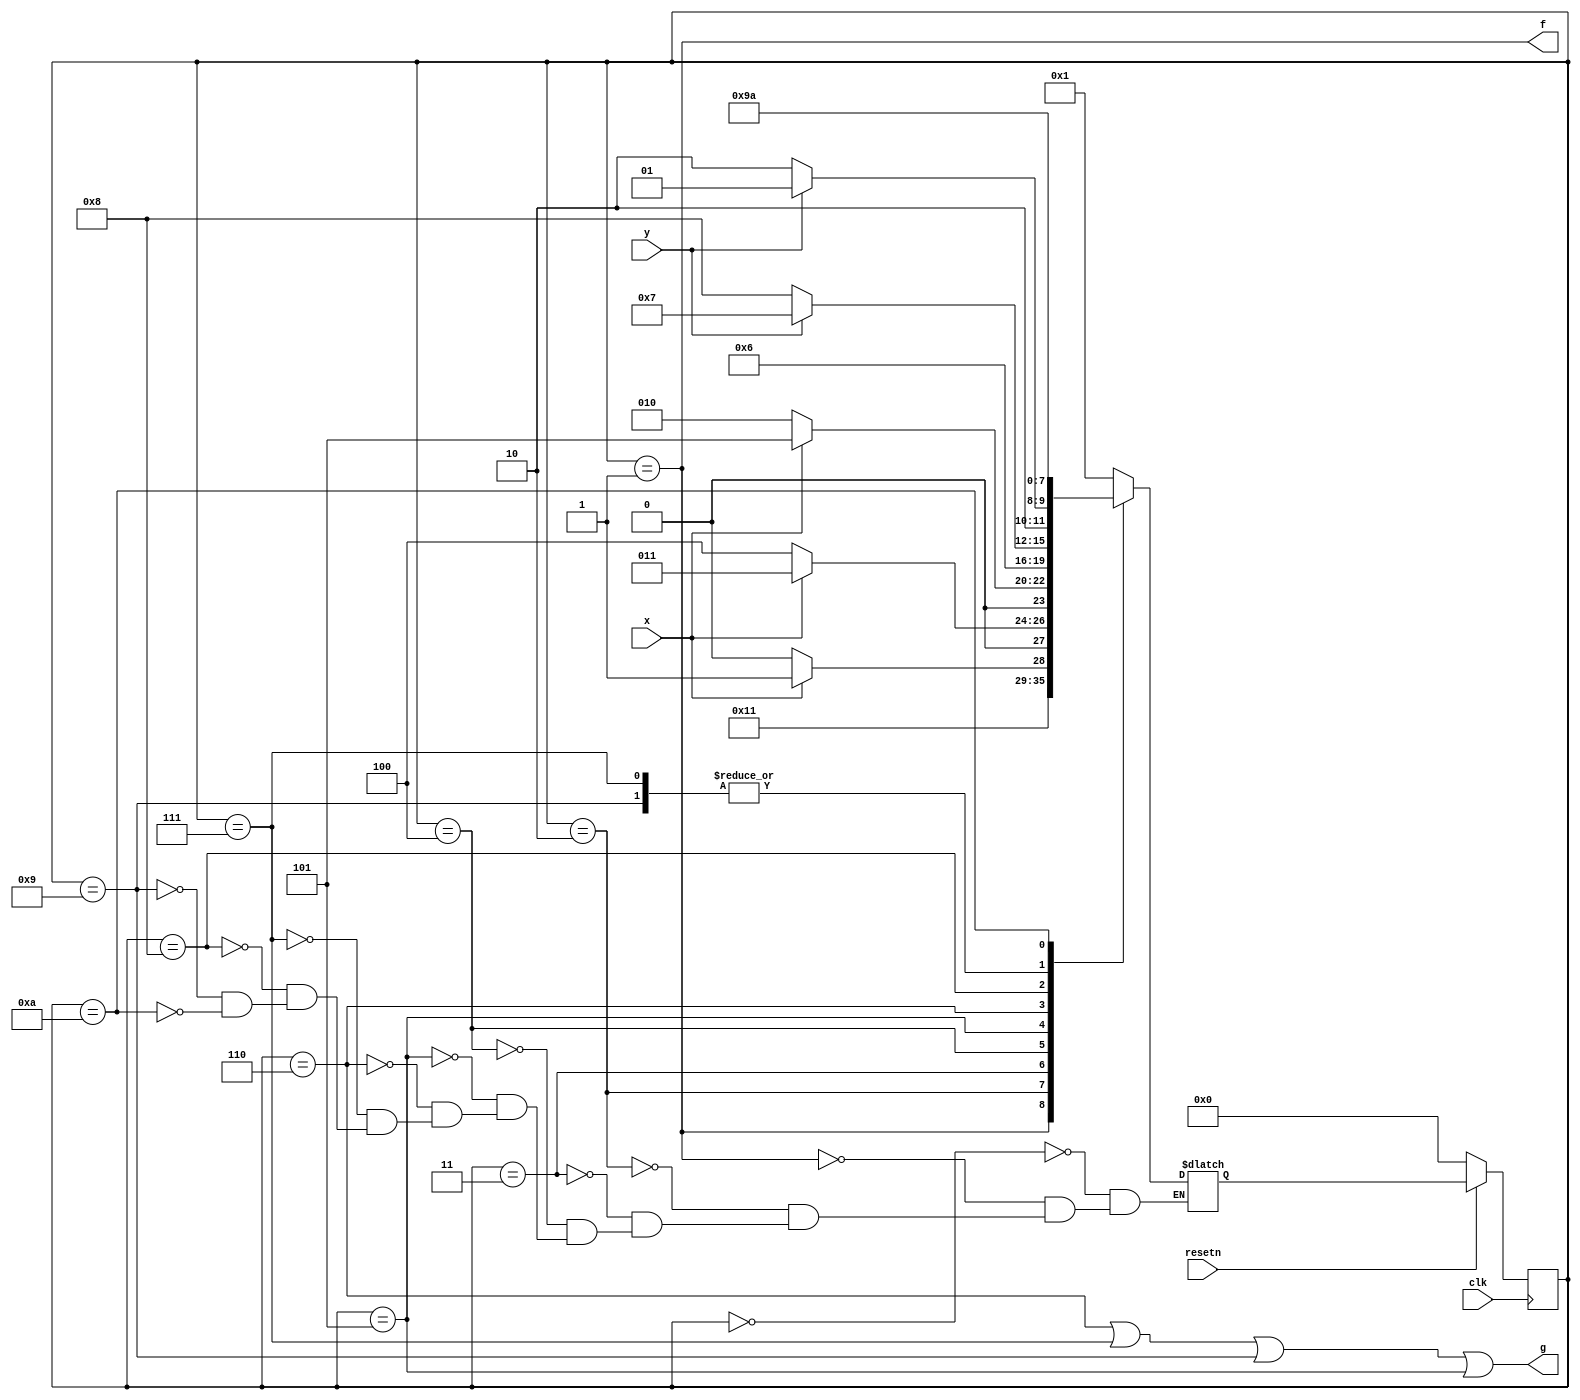
module top_module (
    input clk,
    input resetn,    // active-low synchronous reset
    input x,
    input y,
    output f,
    output g
); 
	parameter A = 0, B = 1, C = 2, D = 3, E = 4, F = 5, G = 6, H = 7, I = 8, J = 9, K = 10;
    reg [3:0] state, next_state;
    
    always @(*) begin
       
        case (state)
            A: next_state = B;
            B: next_state = C;
            C: next_state = x ? D : C;
            D: next_state = x ? D : E;
            E: next_state = x ? F : C;
            F: next_state = G;
            G: next_state = y ? H : I;
            H: next_state = J;
            I: next_state = y ? J : K;
            J: next_state = J;
            K: next_state = K;
        endcase
        
    end
    always @(posedge clk) begin
        if (!resetn) begin
           state <= A;  
        end else begin
           state <= next_state; 
        end
    end
    assign f = (state == B) ;
    assign g = (state == G)||(state == H)||(state == J)||(state == F);
    
    
endmodule